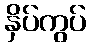
နှိပ်ကွပ်